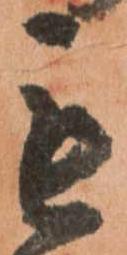
毛